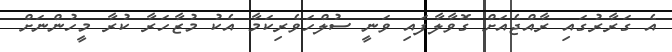
އެ ގަރާރުގައި ރާއްޖެއަށް ގޮވާލާފައި ވަނީ ސުލްހަވެރިކަމާ އެކު މުޒާހަރާ ކުރާ މީހުންނަށް